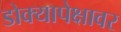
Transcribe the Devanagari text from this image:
डोक्यापेक्षावर